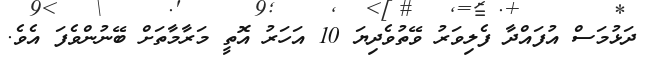
ދަޅުމަސް އުފައްދާ ފެލިވަރު ވޭތުވެދިޔަ 10 އަހަރު އޮތީ މަރާމާތަށް ބޭނުންވެފަ އެވެ.